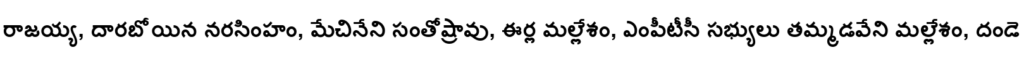
రాజయ్య, దారబోయిన నరసింహం, మేచినేని సంతోష్రావు, ఈర్ల మల్లేశం, ఎంపీటీసీ సభ్యులు తమ్మడవేని మల్లేశం, దండె